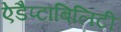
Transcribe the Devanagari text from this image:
ऐडैप्टाबिलिटी